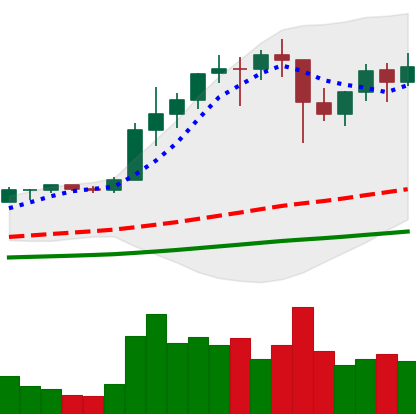
Ticker: ETH-USD
Chart end date: 2021-01-16
Forward return: -9.077%
Label: down_7plus